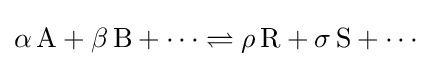
\alpha \,\mathrm {A} +\beta \,\mathrm {B} +\cdots \rightleftharpoons \rho \,\mathrm {R} +\sigma \,\mathrm {S} +\cdots